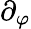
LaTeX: \partial_{\varphi}